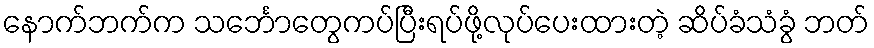
နောက်ဘက်က သင်္ဘောတွေကပ်ပြီးရပ်ဖို့လုပ်ပေးထားတဲ့ ဆိပ်ခံသံခွံ ဘတ်